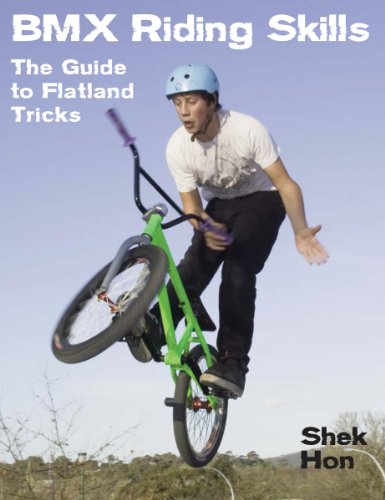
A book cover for BMX Riding Skills: The Guide to Flatland Tricks; Shek Hon; Sports & Outdoors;